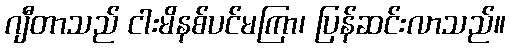
ဂျီတာသည် ငါးမိနစ်ပင်မကြာ၊ ပြန်ဆင်းလာသည်။